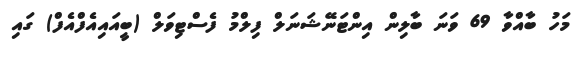
މަހު ބާއްވާ 69 ވަނަ ބާލިން އިންޓަނޭޝަނަލް ފިލްމު ފެސްޓިވަލް (ބީއައިއެފްއެފް) ގައި